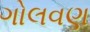
ગોલવણ